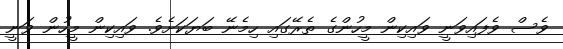
ވެސް ވެފައިވަނީ ވައިކިން މީހުންގެ ތެރޭގައި ހިމެނޭ ބަޔަކަށެވެ. ވައިކިން މީހުން ވަނީ